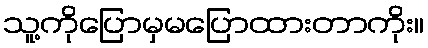
သူ့ကိုပြောမှမပြောထားတာကိုး။